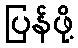
ပြန်ဖို့